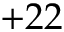
+ 2 2